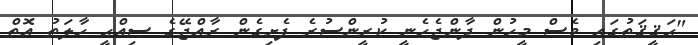
"ޙަޤީޤަތުގައި ވެސް މީހުން ދާންޖެހެނީ ކުރީންސުރެ ފެށިގެން ރާއްޖޭގެ ޞިއްޙީ ހާލަތު އޮތް